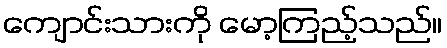
ကျောင်းသားကို မော့ကြည့်သည်။